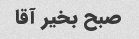
صبح بخیر آقا